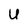
Character: U